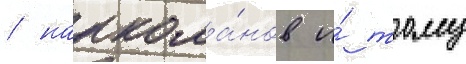
/ наркома́нов и́ тому